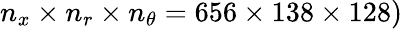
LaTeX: n_{x}\times n_{r}\times n_{\theta}=656\times 138\times 128)